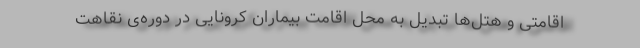
اقامتی و هتل‌ها تبدیل به محل اقامت بیماران کرونایی در دوره‌ی نقاهت